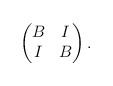
LaTeX: \begin{align*}\begin{pmatrix}B&I\\I&B\end{pmatrix}.\end{align*}